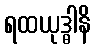
ရထယုဒ္ဓါနိ